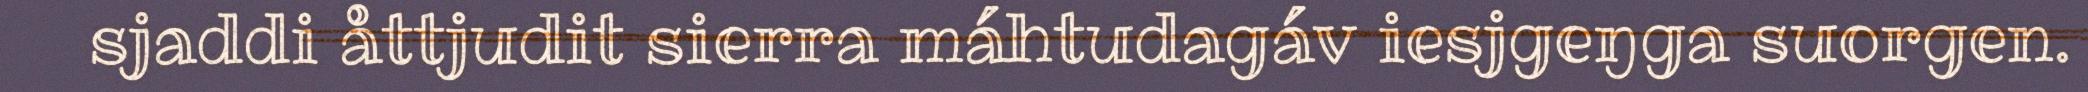
sjaddi åttjudit sierra máhtudagáv iesjgeŋga suorgen.